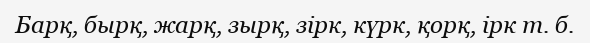
Барқ, бырқ, жарқ, зырқ, зірк, күрк, қорқ, ірк т. б.